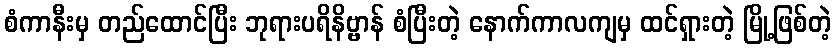
စံကာနီးမှ တည်ထောင်ပြီး ဘုရားပရိနိဗ္ဗာန် စံပြီးတဲ့ နောက်ကာလကျမှ ထင်ရှားတဲ့ မြို့ဖြစ်တဲ့